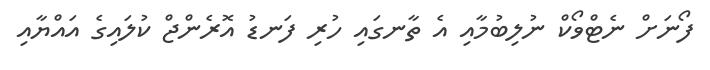
ފޯނަށް ނެޓްވޯކް ނުލިބުމާއި އެ ތާނގައި ހުރި ފަނޑު އޮރެންޖް ކުލައިގެ އައްޔާއި